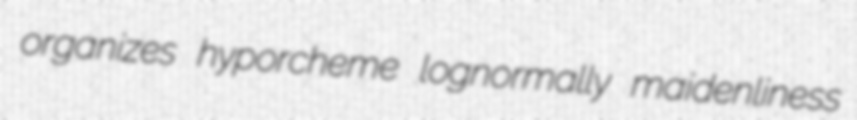
organizes hyporcheme lognormally maidenliness